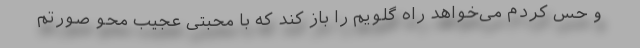
و حس کردم می‌خواهد راه گلویم را باز کند که با محبتی عجیب محو صورتم